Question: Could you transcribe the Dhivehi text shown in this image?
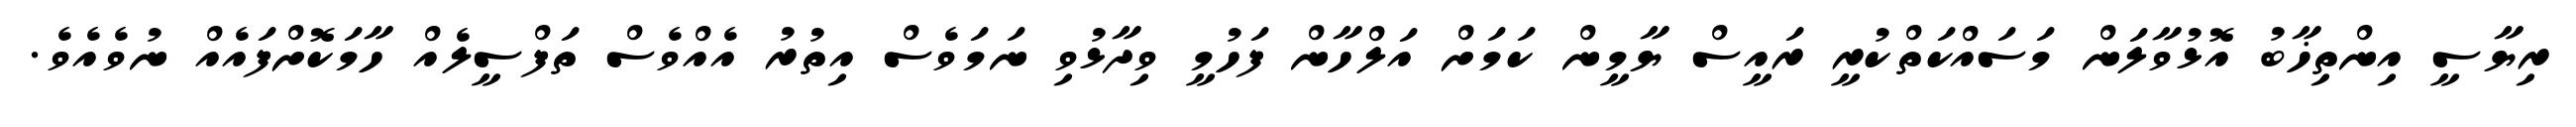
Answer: ރިޔާސީ އިންތިޚާބު އޮޅުވާލަން މަސައްކަތްކުރީ ރައީސް ޔާމީން ކަމަށް އަލްހާން ފަހުމީ ވިދާޅުވި ނަމަވެސް އިތުރު އެއްވެސް ތަފްސީލެއް ހާމަކޮށްފައެއް ނުވެއެވެ.